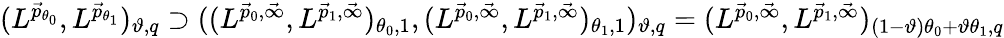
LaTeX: \begin{array}{r}{(L^{\vec{p}_{\theta_{0}}},L^{\vec{p}_{\theta_{1}}})_{\vartheta,q}\supset((L^{\vec{p}_{0},\vec{\infty}},L^{\vec{p}_{1},\vec{\infty}})_{\theta_{0},1},(L^{\vec{p}_{0},\vec{\infty}},L^{\vec{p}_{1},\vec{\infty}})_{\theta_{1},1})_{\vartheta,q}=(L^{\vec{p}_{0},\vec{\infty}},L^{\vec{p}_{1},\vec{\infty}})_{(1-\vartheta)\theta_{0}+\vartheta\theta_{1},q}}\end{array}